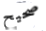
صحيح